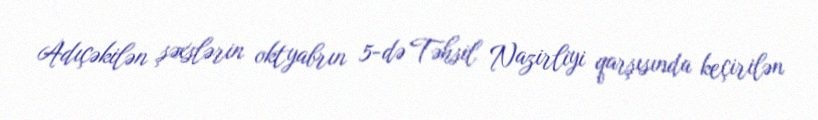
Adıçəkilən şəxslərin oktyabrın 5-də Təhsil Nazirliyi qarşısında keçirilən